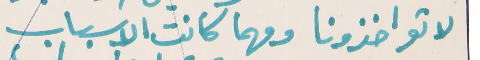
لا تواخذونا ومهما كانت الاسباب